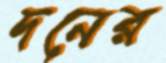
দনের